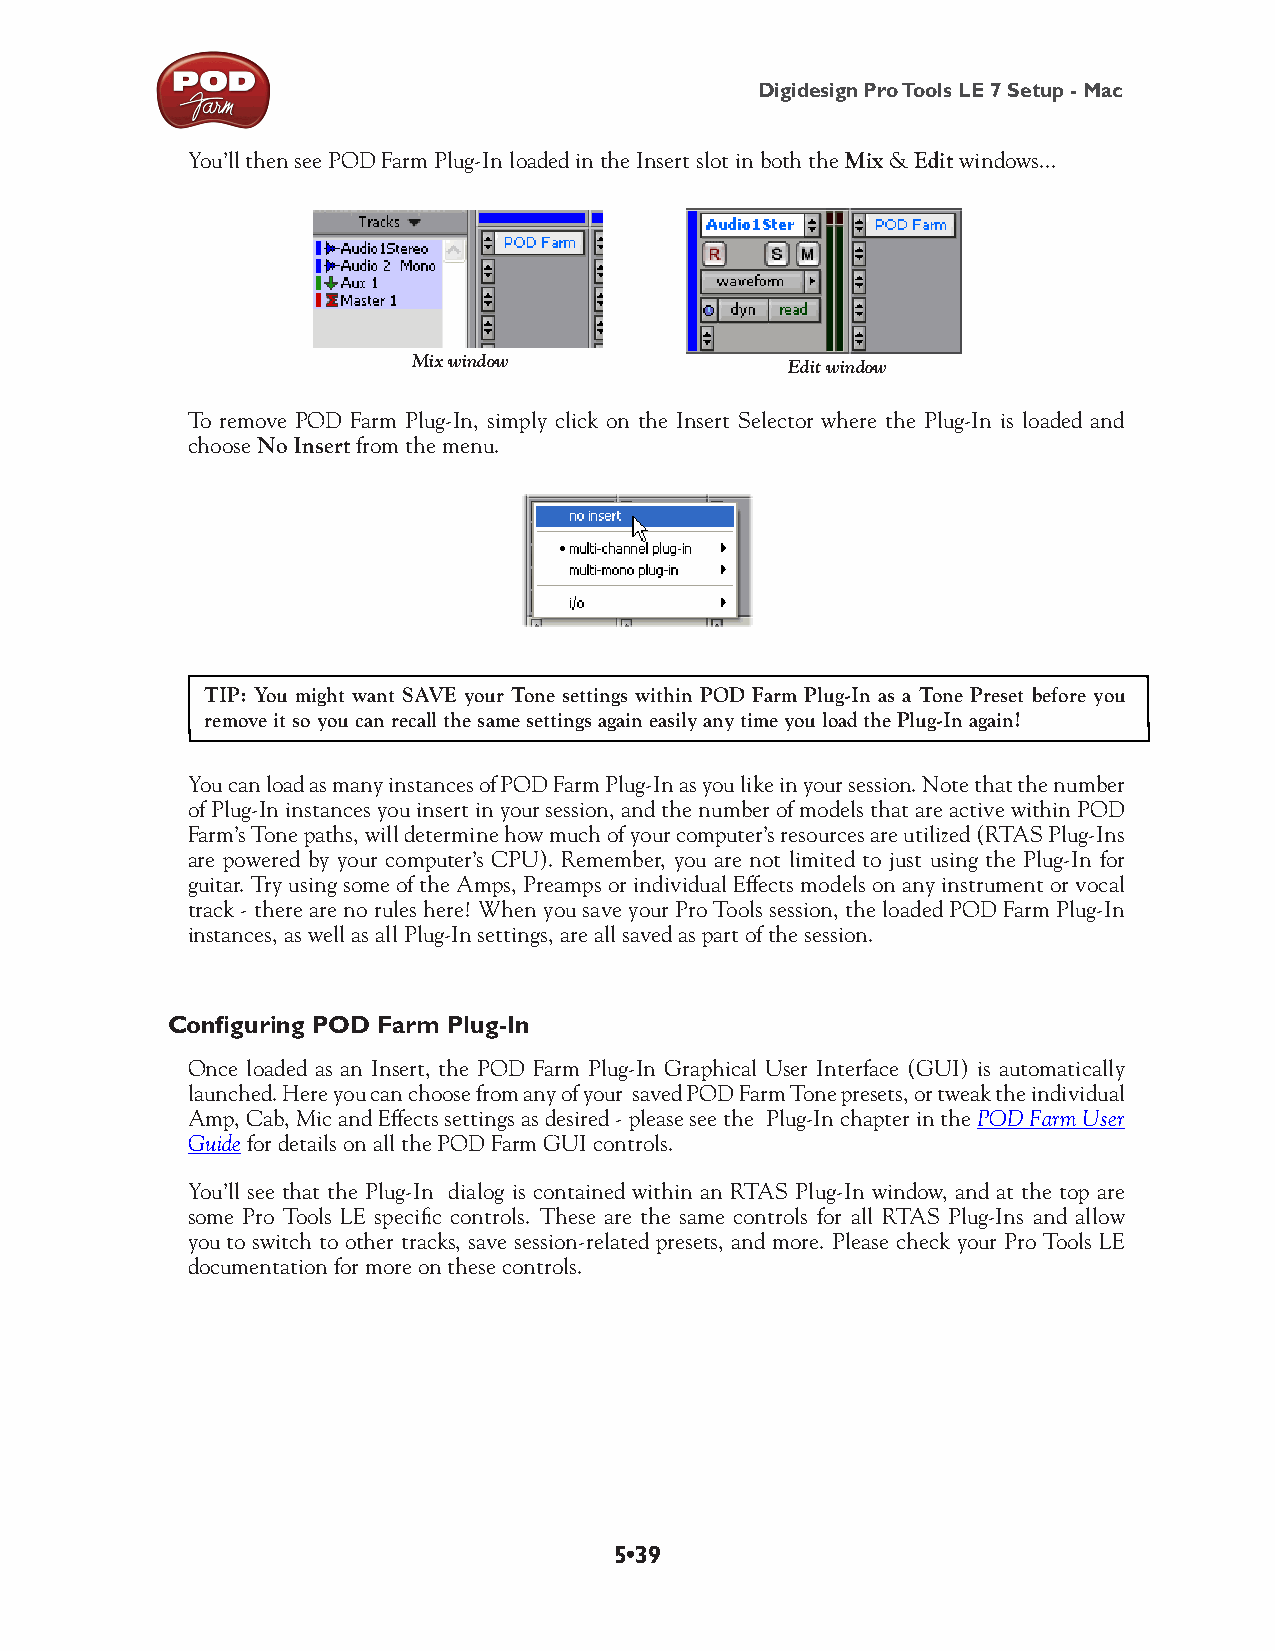
Digidesign Pro Tools LE 7 Setup - Mac
 You’ll then see POD Farm Plug-In loaded in the Insert slot in both the Mix & Edit windows...
 Mix window               Edit window
 To remove POD Farm Plug-In, simply click on the Insert Selector where the Plug-In is loaded and
 choose No Insert from the menu.
 TIP: You might want SAVE your Tone settings within POD Farm Plug-In as a Tone Preset before you
 remove it so you can recall the same settings again easily any time you load the Plug-In again!
 You can load as many instances of POD Farm Plug-In as you like in your session. Note that the number
 of Plug-In instances you insert in your session, and the number of models that are active within POD
 Farm’s Tone paths, will determine how much of your computer’s resources are utilized (RTAS Plug-Ins
 are powered by your computer’s CPU). Remember, you are not limited to just using the Plug-In for
 guitar. Try using some of the Amps, Preamps or individual Effects models on any instrument or vocal
 track - there are no rules here! When you save your Pro Tools session, the loaded POD Farm Plug-In
 instances, as well as all Plug-In settings, are all saved as part of the session.
 Configuring POD Farm Plug-In
 Once loaded as an Insert, the POD Farm Plug-In Graphical User Interface (GUI) is automatically
 launched. Here you can choose from any of your saved POD Farm Tone presets, or tweak the individual
 Amp, Cab, Mic and Effects settings as desired - please see the Plug-In chapter in the POD Farm User
 Guide for details on all the POD Farm GUI controls.
 You’ll see that the Plug-In dialog is contained within an RTAS Plug-In window, and at the top are
 some Pro Tools LE specific controls. These are the same controls for all RTAS Plug-Ins and allow
 you to switch to other tracks, save session-related presets, and more. Please check your Pro Tools LE
 documentation for more on these controls.
 5•39